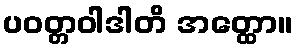
ပဝတ္တဝါဒါတိ အတ္ထော။